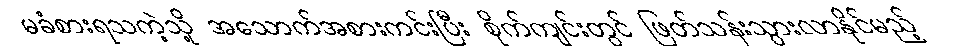
မခံစားရသကဲ့သို့ အသောက်အစားကင်းပြီး စိုက်ကျင်းတွင် ဖြတ်သန်းသွားလာနိုင်မည့်